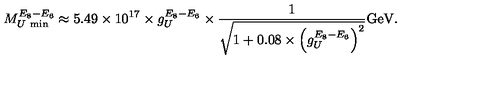
M _ { U \ \scriptstyle \mathrm { m i n } } ^ { E _ { 8 } - E _ { 6 } } \approx 5 . 4 9 \times 1 0 ^ { 1 7 } \times g _ { U } ^ { E _ { 8 } - E _ { 6 } } \times \frac { 1 } { \sqrt { 1 + 0 . 0 8 \times \left( g _ { U } ^ { E _ { 8 } - E _ { 6 } } \right) ^ { 2 } } } \mathrm { G e V } .